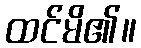
ထင်မိ၏။